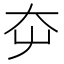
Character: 𡗡